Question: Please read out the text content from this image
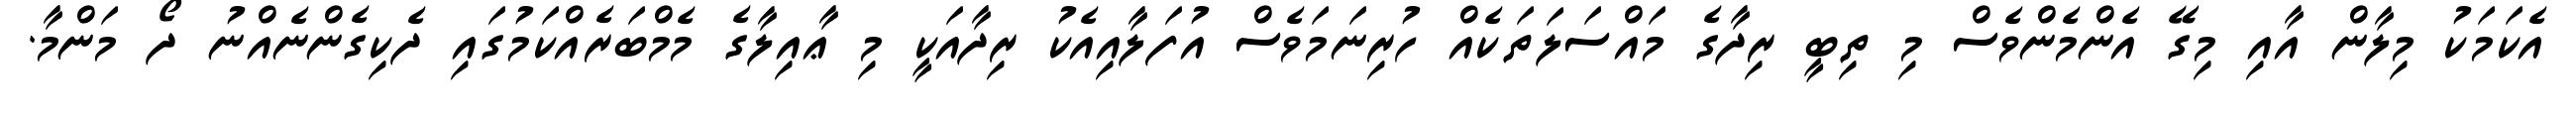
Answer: އެކަމަކު މިލާން އާއި މިގޭ އެންމެންވެސް މި ތިބީ ރިދާގެ މައްސަލަތަކެއް ހުރިނަމަވެސް އުފަލާއިއެކު ރިދާއަކީ މި ޢާއިލާގެ މެމްބަރެއްކަމުގައި ދެކިގެންނެއްނު ދޯ މަންމާ.